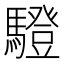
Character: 䮴